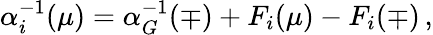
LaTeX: \alpha_{i}^{-1}(\mu)=\alpha_{G}^{-1}(\mp)+F_{i}(\mu)-F_{i}(\mp)\, ,